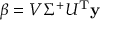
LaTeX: \beta = V \Sigma ^ { + } U ^ { \mathrm { { T } } } \mathbf { y }